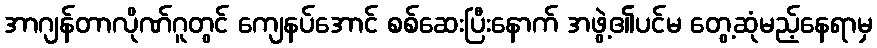
အာဂျန်တာလိုဏ်ဂူတွင် ကျေနပ်အောင် စစ်ဆေးပြီးနောက် အဖွဲ့၏ပင်မ တွေ့ဆုံမည့်နေရာမှ